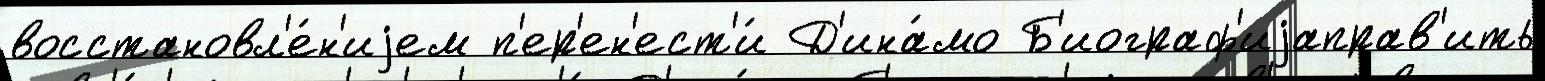
восстановл'е́н'иjем п'ер'ен'ест'и́ Д'ина́мо Б'иограф'иjаправ'ить